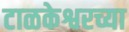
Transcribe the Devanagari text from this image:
टाळकेश्वरच्या